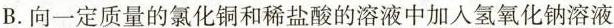
B.向一定质量的氯化铜和稀盐酸的溶液中加入氢氧化钠溶液